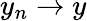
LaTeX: y_{n}\to y